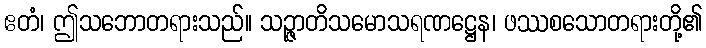
ဧတံ၊ ဤသဘောတရားသည်။ သဉ္ဇာတိသမောသရဏဋ္ဌေန၊ ဖဿစသောတရားတို့၏